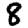
Digit: 8